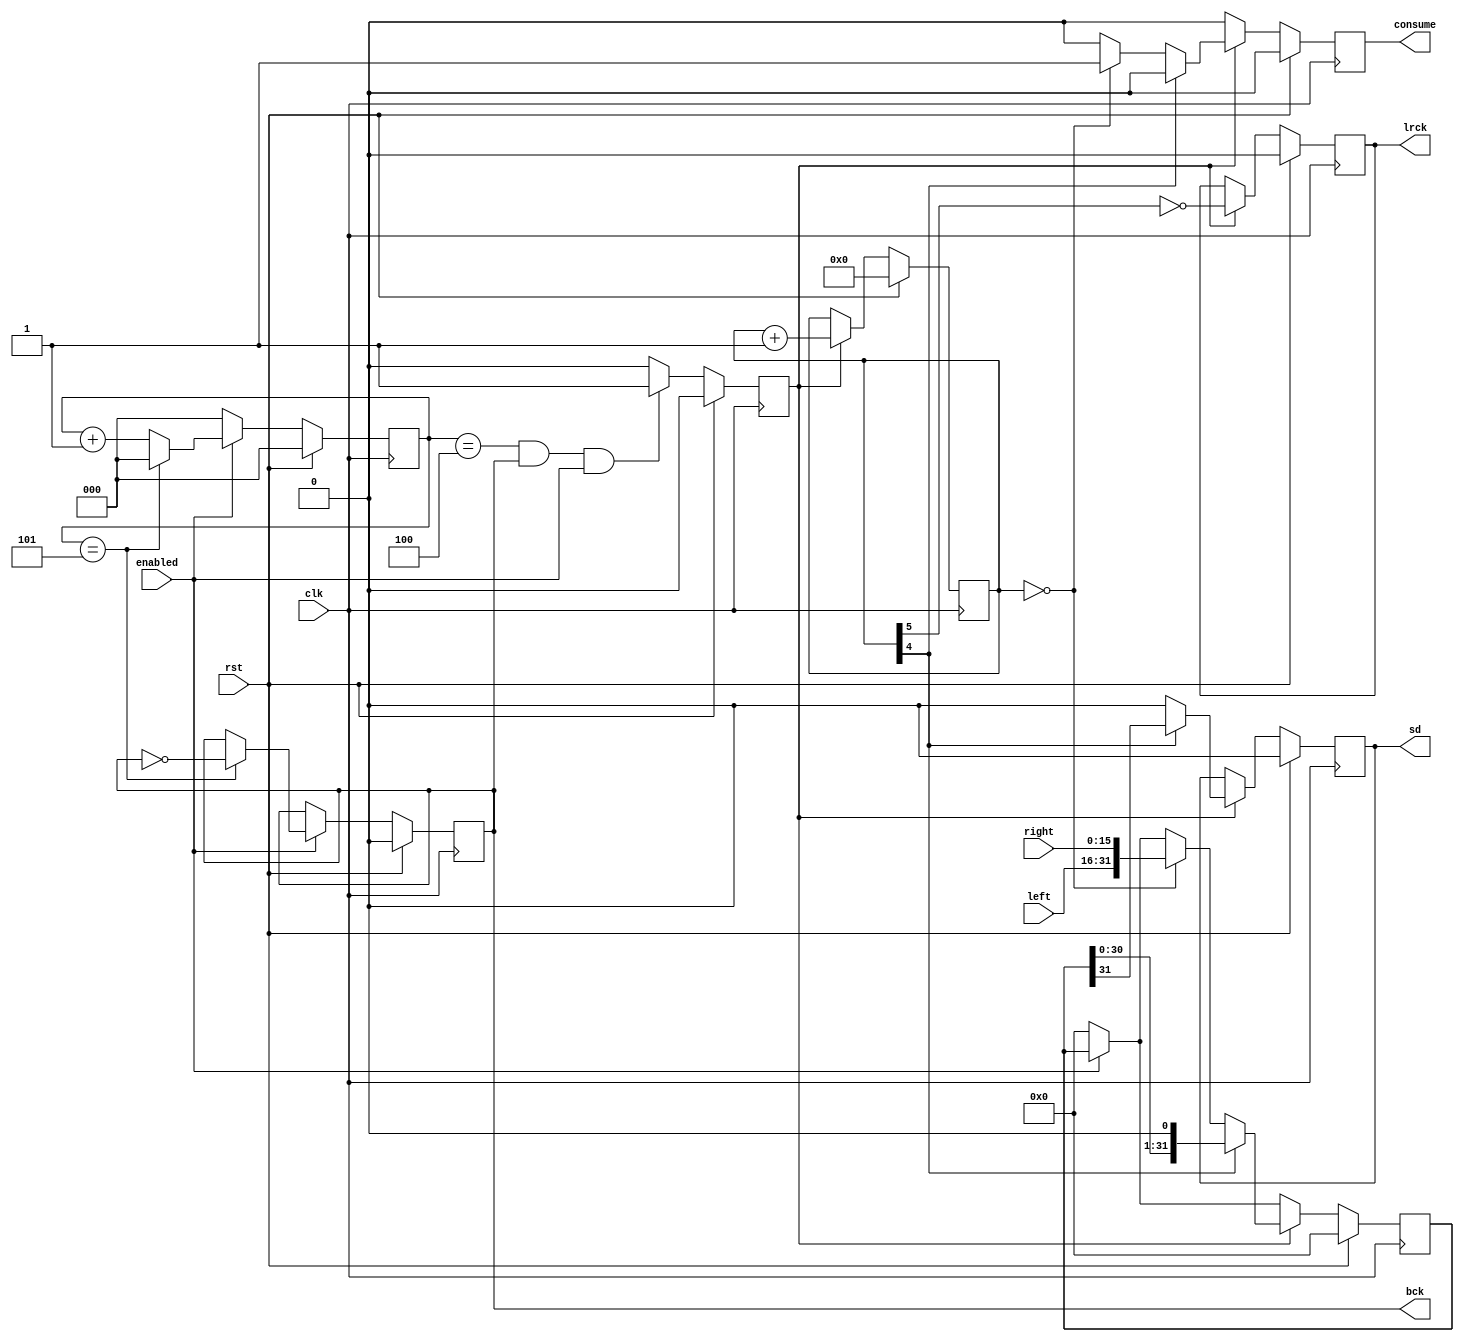
module digital_sound_output (
			     input clk,
			     input rst,
			     input enabled,
			     input[15:0] left,
			     input[15:0] right,
			     output bck,
			     output sd,
			     output lrck,
			     output consume
		       );

   parameter CLK_FREQUENCY = 33868800;

   localparam BCK_HALF_PERIOD = (CLK_FREQUENCY / 44100 / 64 / 2);

   function integer log2;
      input integer value;
      begin
         value = value-1;
         for (log2=0; value>0; log2=log2+1)
           value = value>>1;
      end
   endfunction

   reg [log2(BCK_HALF_PERIOD)-1:0]  bck_counter_d, bck_counter_q;
   reg 	      bck_d, bck_q;
   reg 	      sd_d, sd_q;
   reg 	      lrck_d, lrck_q;
   reg	      bit_active_d, bit_active_q;
   reg [5:0]  bit_counter_d, bit_counter_q;
   reg [31:0] shiftreg_d, shiftreg_q;
   reg 	      consume_d, consume_q;

   assign bck = bck_q;
   assign sd = sd_q;
   assign lrck = lrck_q;
   assign consume = consume_q;

   always @(*) begin

      if (enabled) begin
	 if (bck_counter_q == BCK_HALF_PERIOD-1) begin
	    bck_counter_d = 0;
	    bck_d = ~bck_q;
	 end else begin
	    bck_counter_d = bck_counter_q + 1;
	    bck_d = bck_q;
	 end
      end else begin
	 bck_counter_d = 0;
	 bck_d = bck_q;
      end

      if ((bck_counter_q == BCK_HALF_PERIOD-2) & bck_q & enabled)
	bit_active_d = 1'b1;
      else
	bit_active_d = 1'b0;

      shiftreg_d = (enabled? shiftreg_q : 32'h00000000);
      consume_d = 1'b0;
      if (bit_active_q) begin
	 if (bit_counter_q[4]) begin
	    sd_d = shiftreg_q[31];
	    shiftreg_d = {shiftreg_q[30:0],1'b0};
	 end else begin
	    sd_d = 1'b0;
	    if (bit_counter_q == 0) begin
	       shiftreg_d = {left, right};
	       consume_d = 1'b1;
	    end
	 end
	 lrck_d = ~bit_counter_q[5];
	 bit_counter_d = bit_counter_q+1;
      end else begin
	 sd_d = sd_q;
	 lrck_d = lrck_q;
	 bit_counter_d = bit_counter_q;
      end

   end

   always @(posedge clk) begin
      if (rst) begin
	 bck_counter_q <= 0;
	 bck_q <= 1'b0;
	 sd_q <= 1'b0;
	 lrck_q <= 1'b0;
	 bit_active_q <= 1'b0;
	 bit_counter_q <= 5'b00000;
	 shiftreg_q <= 32'h00000000;
	 consume_q <= 1'b0;
      end else begin
	 bck_counter_q <= bck_counter_d;
	 bck_q <= bck_d;
	 sd_q <= sd_d;
	 lrck_q <= lrck_d;
	 bit_active_q <= bit_active_d;
	 bit_counter_q <= bit_counter_d;
	 shiftreg_q <= shiftreg_d;
	 consume_q <= consume_d;
      end
   end

endmodule